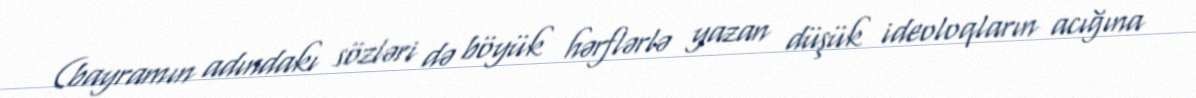
(bayramın adındakı sözləri də böyük hərflərlə yazan düşük ideoloqların acığına